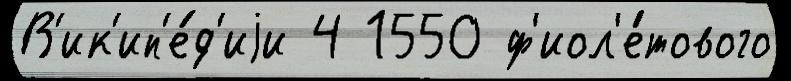
В'ик'ип'е́д'иjи 4 1550 ф'иол'е́тового